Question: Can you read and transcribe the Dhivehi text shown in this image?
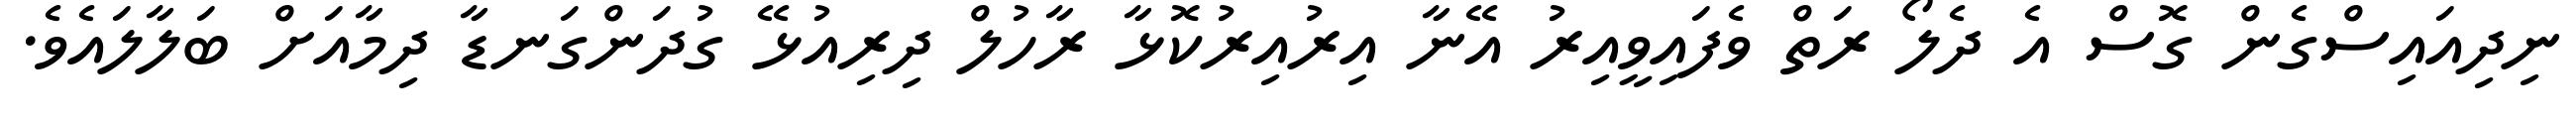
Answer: ނިދިއައިސްގެން ގޮސް އެ ދެލޯ ރަތް ވެފައިވީއިރު އޭނާ އިރުއިރުކޮޅާ ރާހުލް ދިރިއުޅޭ ގުދަންގަނޑާ ދިމާއަށް ބަލާލައެވެ.